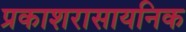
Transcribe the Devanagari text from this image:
प्रकाशरासायनिक